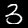
Digit: 3